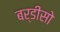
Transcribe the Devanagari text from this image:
बर्डीसो